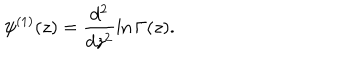
\psi ^ { ( 1 ) } ( z ) = \frac { d ^ { 2 } } { d z ^ { 2 } } \ln \Gamma ( z ) .